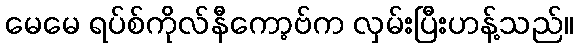
မေမေ ရပ်စ်ကိုလ်နီကော့ဗ်က လှမ်းပြီးဟန့်သည်။